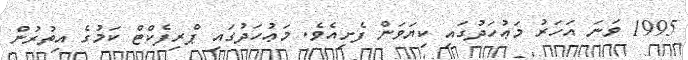
1995 ވަނަ އަހަރު މަޢުހަދުގައި ކިޔަވަން ފެށިއެވެ. މަޢުހަދުގައި ޕްރިފެކްޓް ކަމުގެ އިތުރުން